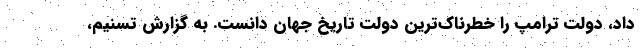
داد، دولت ترامپ را خطرناک‌ترین دولت تاریخ جهان دانست. به گزارش تسنیم،